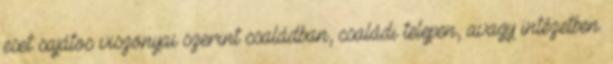
eset sajátos viszonyai szerint családban, családi telepen, avagy intézetben.